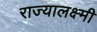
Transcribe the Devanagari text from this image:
राज्यालक्ष्मी